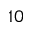
_ { 1 0 }